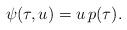
LaTeX: \begin{align*}\psi(\tau,u)=u\,p(\tau).\end{align*}